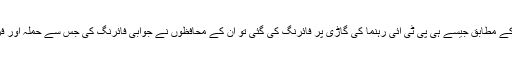
رپورٹس کے مطابق جیسے ہی پی ٹی آئی رہنما کی گاڑی پر فائرنگ کی گئی تو ان کے محافظوں نے جوابی فائرنگ کی جس سے حملہ آور فرار ہوئے۔